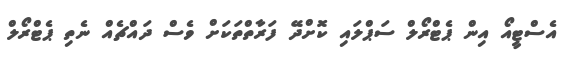
އެސްޓީއޯ އިން ޕެޓްރޯލް ސަޕްލައި ކޮށްދޭ ފަރާތްތަކަށް ވެސް ދައްޗެއް ނެތި ޕެޓްރޯލް